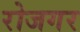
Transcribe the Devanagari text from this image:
रोजगर